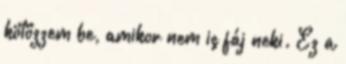
kötözzem be, amikor nem is fáj neki. Ez a